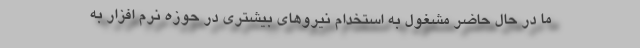
ما در حال حاضر مشغول به استخدام نیروهای بیشتری در حوزه نرم افزار به